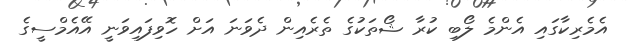
އެމެރިކާގައި އެންމެ ލޯބި ކުރާ ޝޯތަކުގެ ތެރެއިން ދެވަނަ އަށް ހޮވިފައިވަނީ އޭއެމްސީގެ